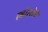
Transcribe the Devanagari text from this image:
ल्होत्सेचे